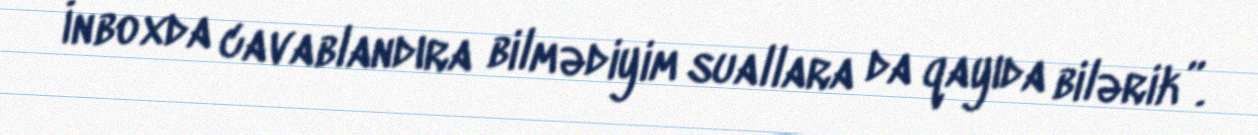
İnboxda cavablandıra bilmədiyim suallara da qayıda bilərik”.